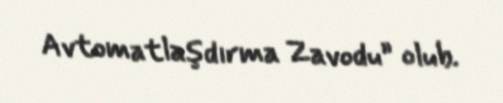
Avtomatlaşdırma Zavodu” olub.